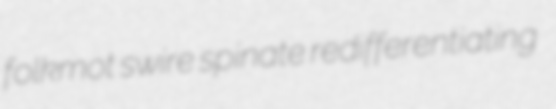
folkmot swire spinate redifferentiating